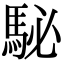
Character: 駜